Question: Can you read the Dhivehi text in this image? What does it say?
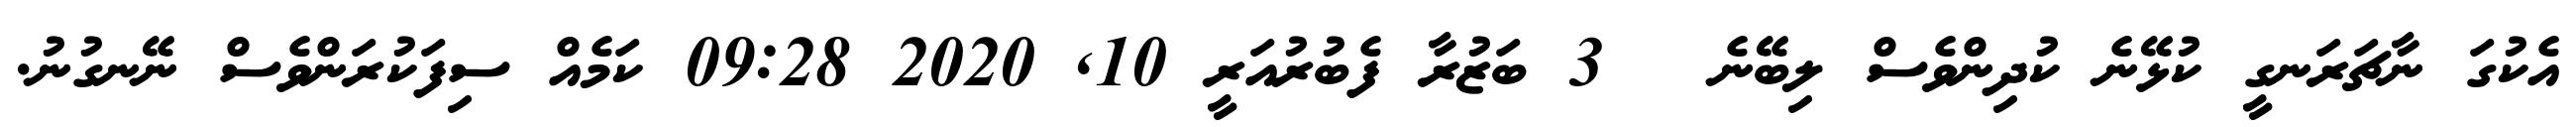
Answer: އެކުގަ ނާޗަރަނގީ ކުޅޭނެ ކުދިންވެސް ލިބޭނެ ? 3 ބަޒުރާ ފެބުރުއަރީ 10, 2020 09:28 ކަމެއް ސިފަކުރަންވެސް ނޭނގުނު.